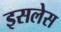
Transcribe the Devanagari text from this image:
इसलेस